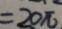
= 2 0 \pi